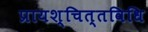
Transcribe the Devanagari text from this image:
प्रायश्चित्तविधि